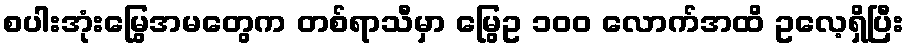
စပါးအုံးမြွေအမတွေက တစ်ရာသီမှာ မြွေဥ ၁၀၀ လောက်အထိ ဥလေ့ရှိပြီး